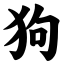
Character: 狗